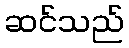
ဆင်သည်